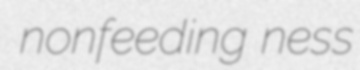
nonfeeding ness